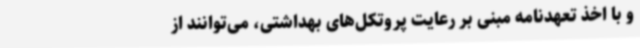
و با اخذ تعهدنامه مبنی بر رعایت پروتکل‌های بهداشتی، می‌توانند از